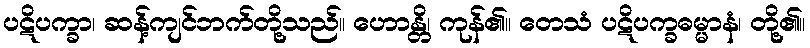
ပဋိပက္ခာ၊ ဆန့်ကျင်ဘက်တို့သည်။ ဟောန္တိ၊ ကုန်၏။ တေသံ ပဋိပက္ခဓမ္မာနံ၊ တို့၏။